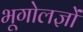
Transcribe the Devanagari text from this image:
भूगोलज्ञों